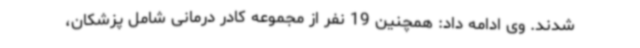
شدند. وی ادامه داد: همچنین 19 نفر از مجموعه کادر درمانی شامل پزشکان،